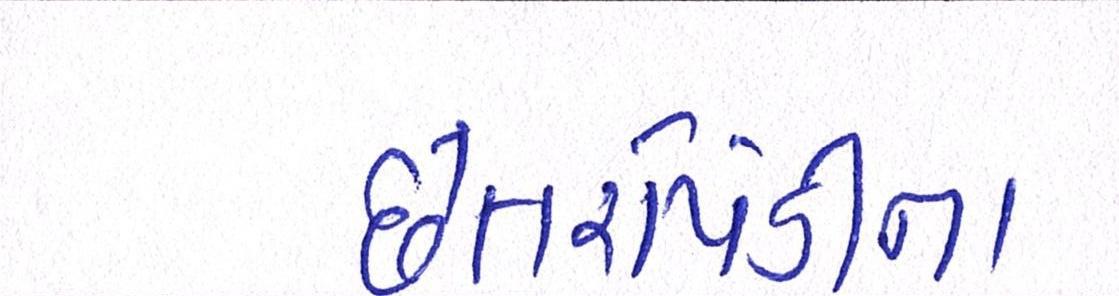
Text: છેતરપિંડીના